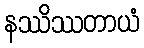
နဿိဿတာယံ